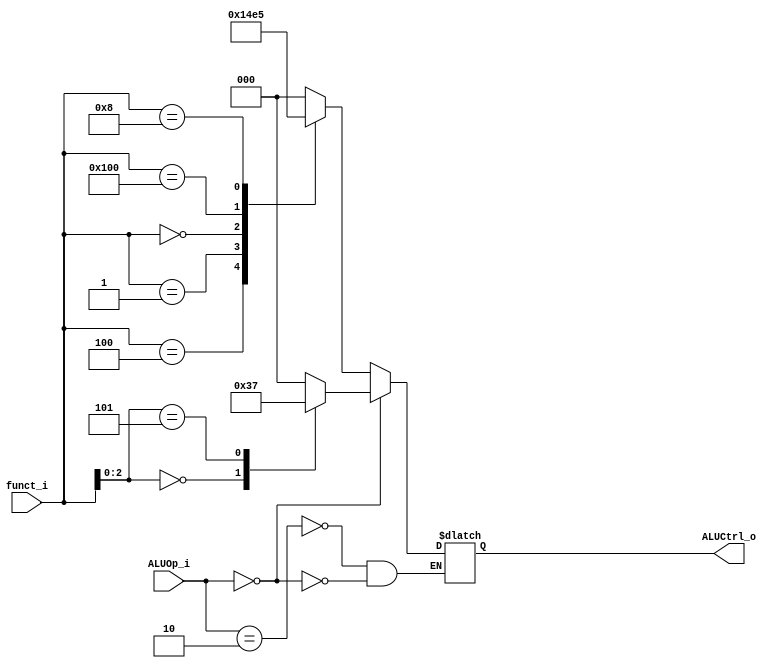
`define R_Type  2'b10
`define I_Type  2'b00
`define AND     3'b000
`define XOR     3'b001
`define SLL     3'b010
`define ADD     3'b011
`define SUB     3'b100
`define MUL     3'b101
`define ADDI    3'b110
`define SRAI    3'b111


module ALU_Control(
    funct_i,
    ALUOp_i,
    ALUCtrl_o
);

//Ports
input   [9:0] funct_i;
input   [1:0] ALUOp_i;
output  [2:0] ALUCtrl_o;

reg     [2:0] ALUCtrl_o;

always @(*) begin
    case(ALUOp_i)
        `R_Type: begin
            case(funct_i)
                10'b0000000111	: ALUCtrl_o <= `AND;
				10'b0000000100	: ALUCtrl_o <= `XOR;
				10'b0000000001	: ALUCtrl_o <= `SLL;
				10'b0000000000	: ALUCtrl_o <= `ADD;
				10'b0100000000	: ALUCtrl_o <= `SUB;
				10'b0000001000 	: ALUCtrl_o <= `MUL;
                default : ALUCtrl_o <= 3'b000;
            endcase
        end

        `I_Type: begin
            case (funct_i[2:0])
                3'b000:	ALUCtrl_o <= `ADDI;
				3'b101: ALUCtrl_o <= `SRAI;
                default : ALUCtrl_o <= 3'b000;
            endcase
        end
    endcase
end

endmodule